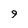
Character: 9